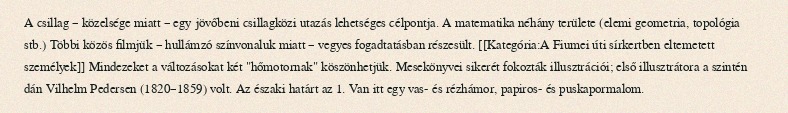
A csillag – közelsége miatt – egy jövőbeni csillagközi utazás lehetséges célpontja. A matematika néhány területe (elemi geometria, topológia stb.) Többi közös filmjük – hullámzó színvonaluk miatt – vegyes fogadtatásban részesült. [[Kategória:A Fiumei úti sírkertben eltemetett személyek]] Mindezeket a változásokat két "hőmotornak" köszönhetjük. Mesekönyvei sikerét fokozták illusztrációi; első illusztrátora a szintén dán Vilhelm Pedersen (1820–1859) volt. Az északi határt az 1. Van itt egy vas- és rézhámor, papiros- és puskapormalom.